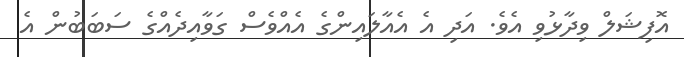
އޮފިޝަލް ވިދާޅުވި އެވެ. އަދި އެ އެއާލައިންގެ އެއްވެސް ގަވާއިދެއްގެ ސަބަބުން އެ